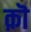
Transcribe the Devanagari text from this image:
क़ॊ